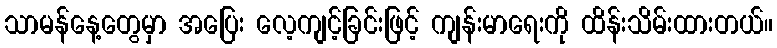
သာမန်နေ့တွေမှာ အပြေး လေ့ကျင့်ခြင်းဖြင့် ကျန်းမာရေးကို ထိန်းသိမ်းထားတယ်။